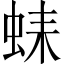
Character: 𧋆